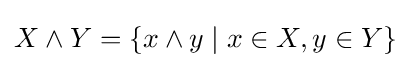
X\wedge Y=\{x\wedge y\mid x\in X,y\in Y\}